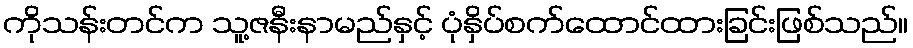
ကိုသန်းတင်က သူ့ဇနီးနာမည်နှင့် ပုံနှိပ်စက်ထောင်ထားခြင်းဖြစ်သည်။